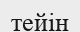
тейін